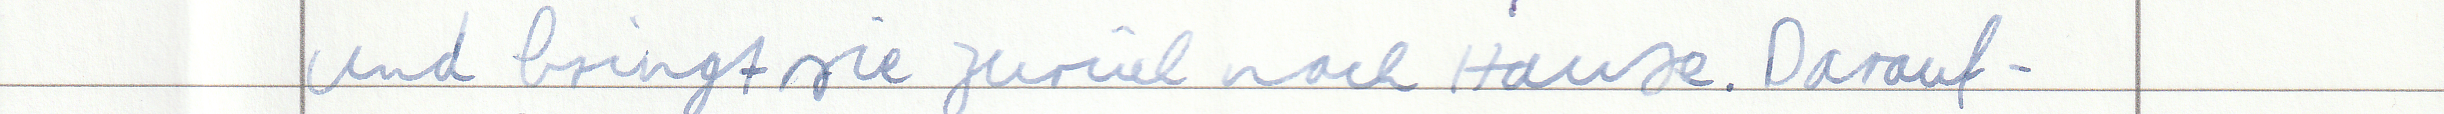
und bringt sie zurück nach Hause. Darauf -